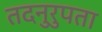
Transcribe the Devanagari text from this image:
तदनुरुपता